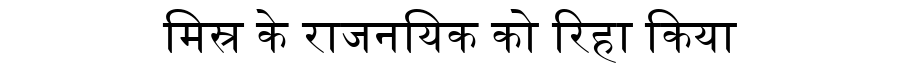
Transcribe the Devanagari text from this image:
मिस्र के राजनयिक को रिहा किया